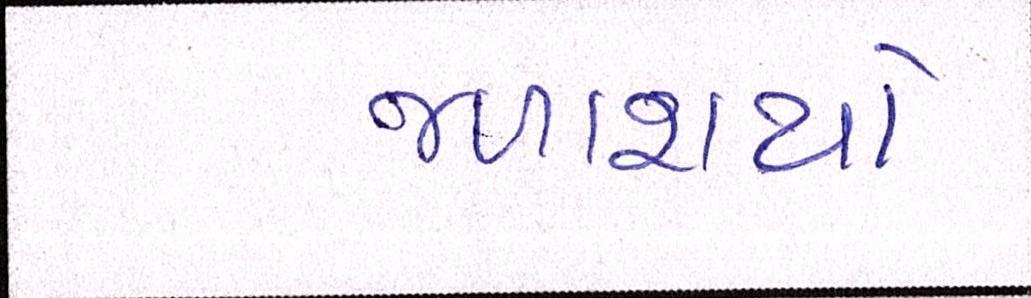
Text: જળાશયો